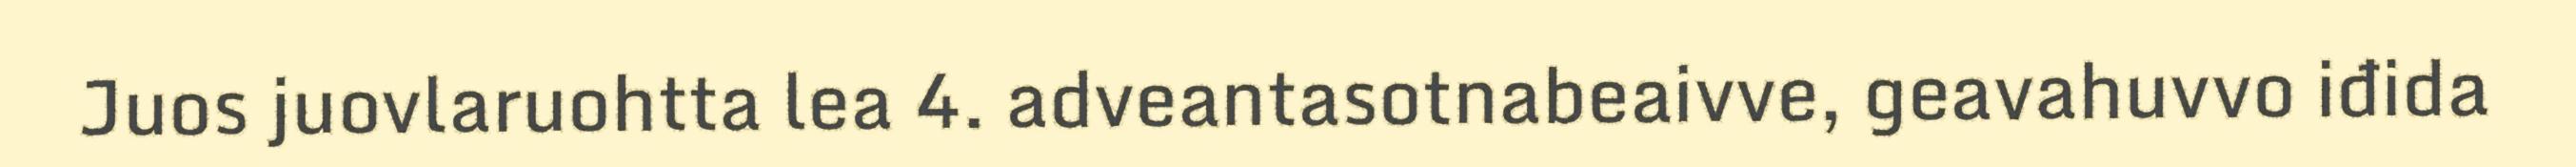
Juos juovlaruohtta lea 4. adveantasotnabeaivve, geavahuvvo iđida